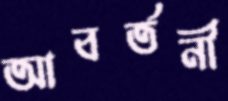
আবর্তনী